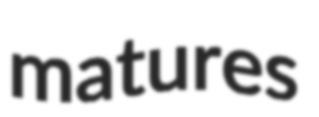
matures